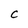
Character: C